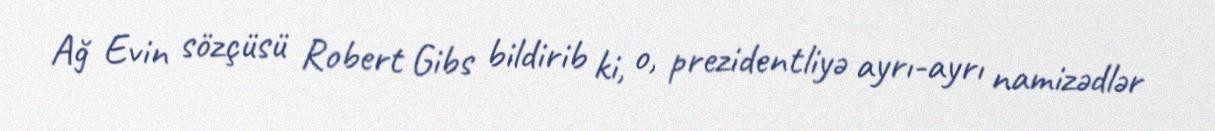
Ağ Evin sözçüsü Robert Gibs bildirib ki, o, prezidentliyə ayrı-ayrı namizədlər